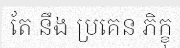
តែ នឹង ប្រគេន ភិក្ខុ